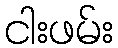
ငါးဖမ်း